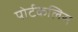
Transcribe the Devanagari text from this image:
पोर्टकलिस